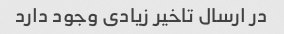
در ارسال تاخیر زیادی وجود دارد